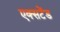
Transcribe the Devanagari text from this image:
एक्सटेंड